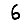
Digit: 6